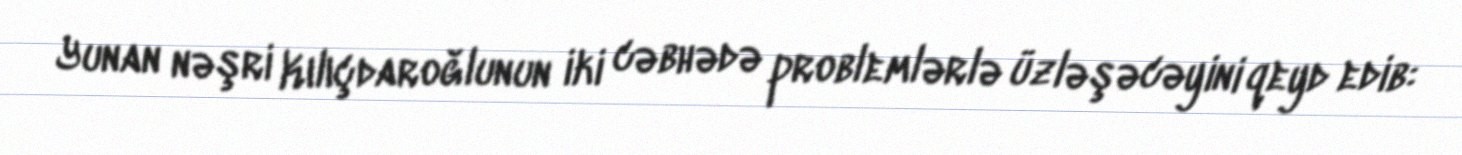
Yunan nəşri Kılıçdaroğlunun iki cəbhədə problemlərlə üzləşəcəyini qeyd edib: